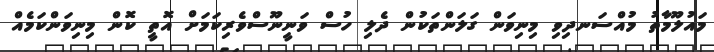
މައުލޫމާތު މުއްސަނދިވި މިނިވަން ގަލަންތަކުން ދެލި ހުސް ވަނީނޫސްވެރިކަމަށް އޮތީ ކޮން މިނިވަންކަމެއް